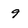
Character: 9